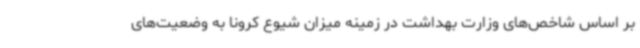
بر اساس شاخص‌های وزارت بهداشت در زمینه میزان شیوع کرونا به وضعیت‌های